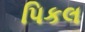
પિકલ